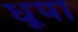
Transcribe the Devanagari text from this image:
धूपा